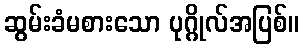
ဆွမ်းခံမစားသော ပုဂ္ဂိုလ်အပြစ်။